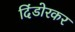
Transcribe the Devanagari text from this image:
दिंडोरकर